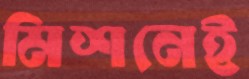
মিশনেই